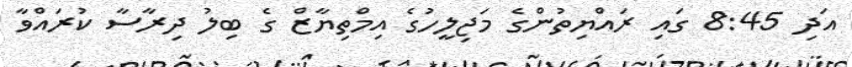
އަދި 8:45 ގައި ރައްޔިތުންގެ މަޖިލީހުގެ އިމްތިޔާޒް ގެ ބިލު ދިރާސާ ކުރައްވާ